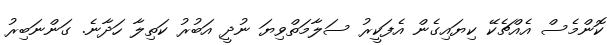
ކޮންމެސް އެއްޗެކޭ ކިޔައިގެން އެފަކީރު ސަލާމަތްވިޔަ ނުދީ އަބުރު ކަތިލާ ހަދާނެ. ގަންނަބިރު